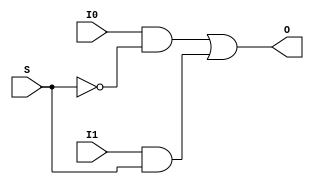
/* ------------------------------------------------------ *
 * Project     : Digital Clock                            *
 * Module      : mux2_1                                   *
 * ------------------------------------------------------ *
 * Last Edit   : 25/05/2021                               *
 * ------------------------------------------------------ *
 * Description : Creates a 2:1 MUX 			              *
 * ------------------------------------------------------ */


module mux2_1(input I0,
              input I1,
              input S,

              output O);

wire t1,
     t2,
     t3;

not G4 (t3,S);
and G1 (t1,I0,t3);
and G2 (t2,I1,S);
or G3 (O,t1,t2);

endmodule